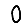
Digit: 0